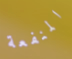
المنفعة